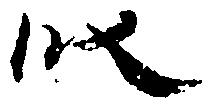
段